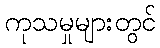
ကုသမှုများတွင်